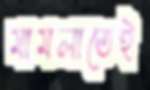
মামলাতেই